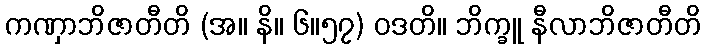
ကဏှာဘိဇာတီတိ (အ။ နိ။ ၆။၅၇) ဝဒတိ။ ဘိက္ခူ နီလာဘိဇာတီတိ